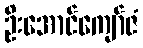
ဦးအောင်ကျော်ဇံ